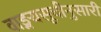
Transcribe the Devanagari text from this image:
वाङ्मयसूचीनुसारी